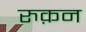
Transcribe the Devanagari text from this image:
रुक़न